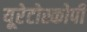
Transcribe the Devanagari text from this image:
यूरेटोस्कोपी